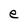
Character: e